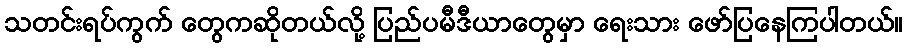
သတင်းရပ်ကွက် တွေကဆိုတယ်လို့ ပြည်ပမီဒီယာတွေမှာ ရေးသား ဖော်ပြနေကြပါတယ်။